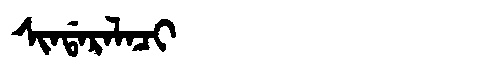
Manchu: ᠰᡳᠨᡩᠠᡵᠠᠯᠠᠴᡳ
Romanization: SINDARALACI